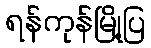
ရန်ကုန်မြို့ပြ